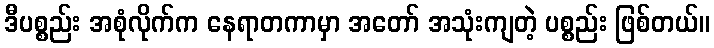
ဒီပစ္စည်း အစုံလိုက်က နေရာတကာမှာ အတော် အသုံးကျတဲ့ ပစ္စည်း ဖြစ်တယ်။